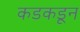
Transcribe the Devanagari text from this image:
कडकडून